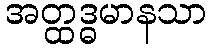
အတ္ထဒ္ဓမာနသာ